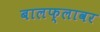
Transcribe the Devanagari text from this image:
बालफ्लावर